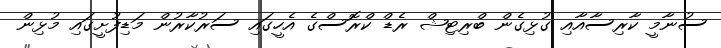
ސުނާމީ ކާރިސާއާއި ގުޅިގެން ބްރިޓިޝް ރެޑް ކްރޮސްގެ އެހީގައި ސަރުކާރުން މަޑިފުށީގައި މުޅިން